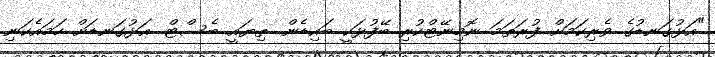
"އަޅުގަނޑުގެ ވެރިކަމަށް ފުރަތަމަ ނޮމިނޭޓްކުރި ބޭފުޅަކީ ބައިޑެން. ތިޔައީ ބެސްޓް. އަޅުގަނޑަށް ހަމައެކަނި